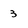
Character: 3